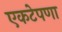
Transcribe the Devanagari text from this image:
एकटेपणा